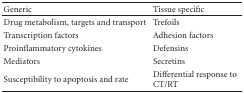
| Generic | Tissue specific |
 | --- | --- |
 | Drug metabolism, targets and transport | Trefoils |
 | Transcription factors | Adhesion factors |
 | Proinflammatory cytokines | Defensins |
 | Mediators | Secretins |
 | Susceptibility toapoptosis and rate | Differential response toCT/RT |